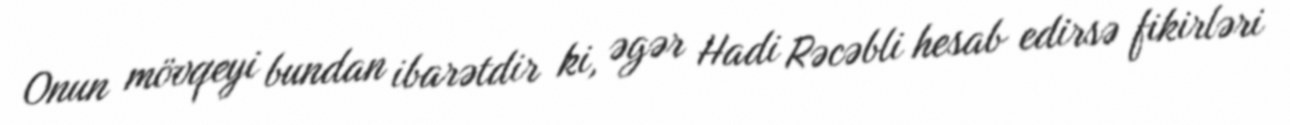
Onun mövqeyi bundan ibarətdir ki, əgər Hadi Rəcəbli hesab edirsə fikirləri